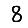
Digit: 8